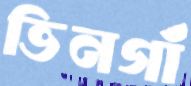
ভিনগাঁ